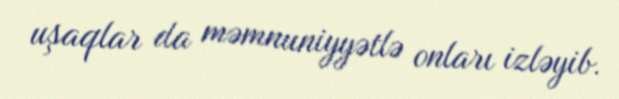
uşaqlar da məmnuniyyətlə onları izləyib.